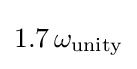
1.7\,\omega _{\text{unity}}